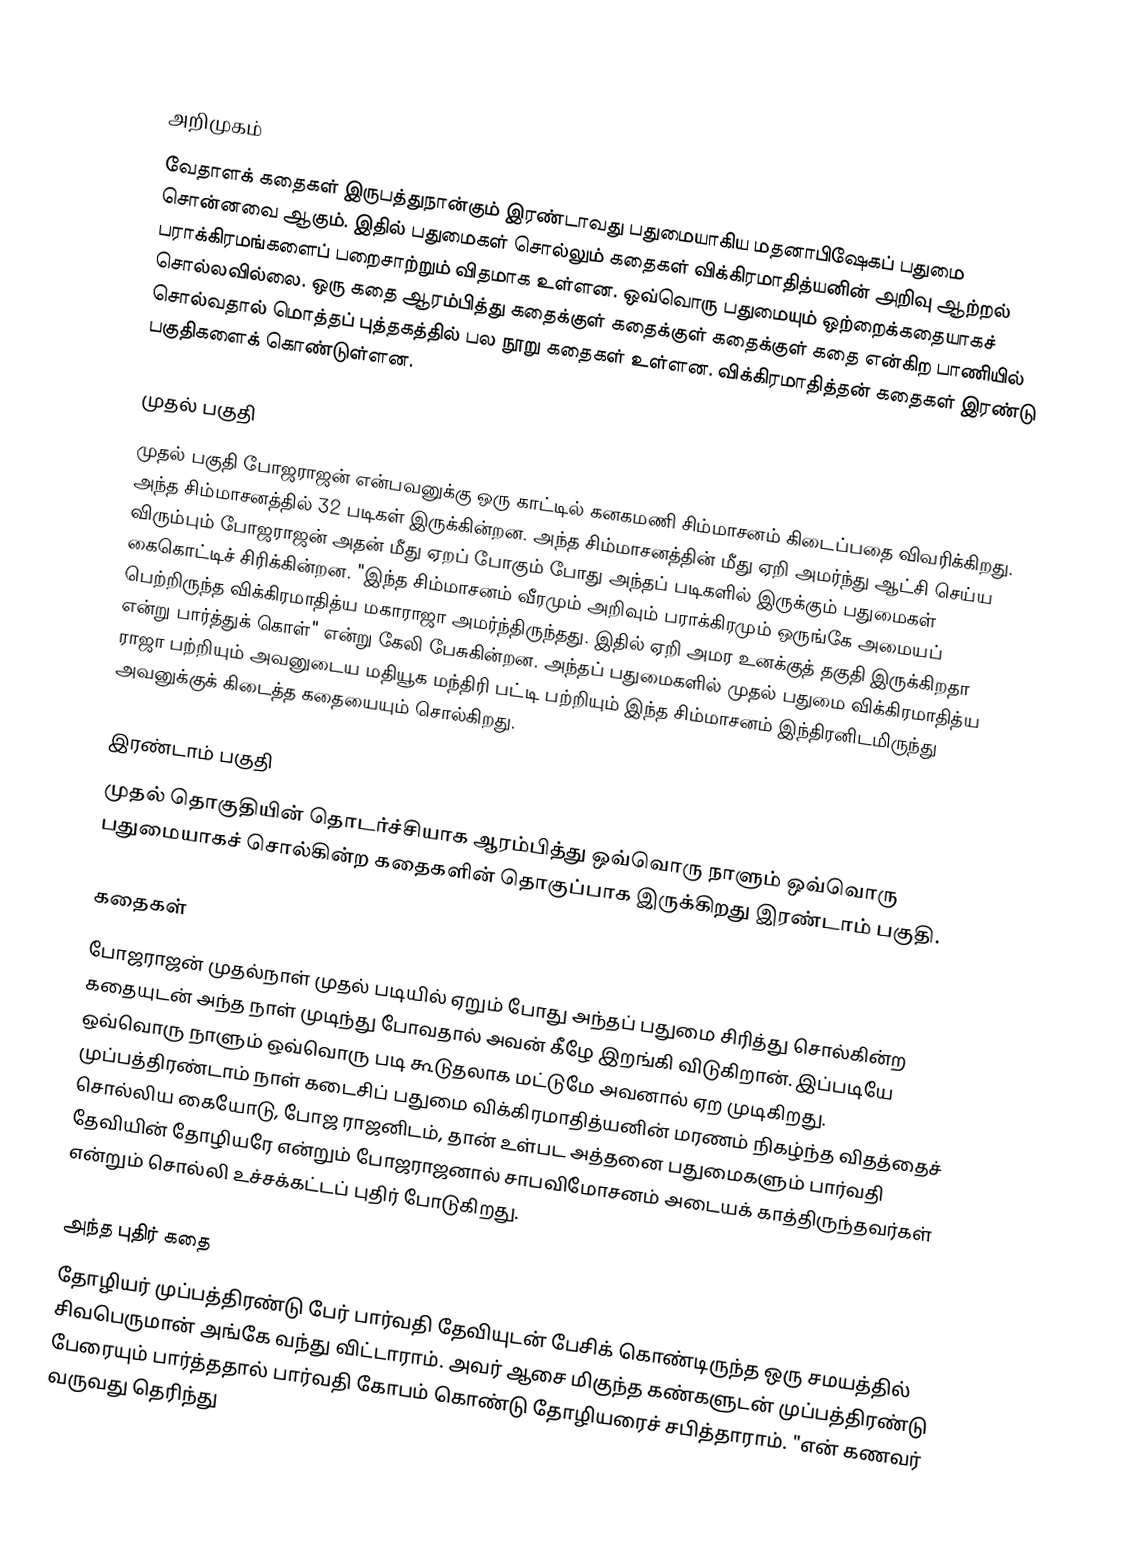

அறிமுகம்
வேதாளக் கதைகள் இருபத்துநான்கும் இரண்டாவது பதுமையாகிய மதனாபிஷேகப் பதுமை சொன்னவை ஆகும். இதில் பதுமைகள் சொல்லும் கதைகள் விக்கிரமாதித்யனின் அறிவு ஆற்றல் பராக்கிரமங்களைப் பறைசாற்றும் விதமாக உள்ளன. ஒவ்வொரு பதுமையும் ஒற்றைக்கதையாகச் சொல்லவில்லை. ஒரு கதை ஆரம்பித்து கதைக்குள் கதைக்குள் கதைக்குள் கதை என்கிற பாணியில் சொல்வதால் மொத்தப் புத்தகத்தில் பல நூறு கதைகள் உள்ளன. விக்கிரமாதித்தன் கதைகள் இரண்டு பகுதிகளைக் கொண்டுள்ளன.

முதல் பகுதி
முதல் பகுதி போஜராஜன் என்பவனுக்கு ஒரு காட்டில் கனகமணி சிம்மாசனம் கிடைப்பதை விவரிக்கிறது. அந்த சிம்மாசனத்தில் 32 படிகள் இருக்கின்றன. அந்த சிம்மாசனத்தின் மீது ஏறி அமர்ந்து ஆட்சி செய்ய விரும்பும் போஜராஜன் அதன் மீது ஏறப் போகும் போது அந்தப் படிகளில் இருக்கும் பதுமைகள் கைகொட்டிச் சிரிக்கின்றன. "இந்த சிம்மாசனம் வீரமும் அறிவும் பராக்கிரமும் ஒருங்கே அமையப் பெற்றிருந்த விக்கிரமாதித்ய மகாராஜா அமர்ந்திருந்தது. இதில் ஏறி அமர உனக்குத் தகுதி இருக்கிறதா என்று பார்த்துக் கொள்" என்று கேலி பேசுகின்றன. அந்தப் பதுமைகளில் முதல் பதுமை விக்கிரமாதித்ய ராஜா பற்றியும் அவனுடைய மதியூக மந்திரி பட்டி பற்றியும் இந்த சிம்மாசனம் இந்திரனிடமிருந்து அவனுக்குக் கிடைத்த கதையையும் சொல்கிறது.

இரண்டாம் பகுதி
முதல் தொகுதியின் தொடர்ச்சியாக ஆரம்பித்து ஒவ்வொரு நாளும் ஒவ்வொரு பதுமையாகச் சொல்கின்ற கதைகளின் தொகுப்பாக இருக்கிறது இரண்டாம் பகுதி.

கதைகள்
போஜராஜன் முதல்நாள் முதல் படியில் ஏறும் போது அந்தப் பதுமை சிரித்து சொல்கின்ற கதையுடன் அந்த நாள் முடிந்து போவதால் அவன் கீழே இறங்கி விடுகிறான். இப்படியே ஒவ்வொரு நாளும் ஒவ்வொரு படி கூடுதலாக மட்டுமே அவனால் ஏற முடிகிறது. முப்பத்திரண்டாம் நாள் கடைசிப் பதுமை விக்கிரமாதித்யனின் மரணம் நிகழ்ந்த விதத்தைச் சொல்லிய கையோடு, போஜ ராஜனிடம், தான் உள்பட அத்தனை பதுமைகளும் பார்வதி தேவியின் தோழியரே என்றும் போஜராஜனால் சாபவிமோசனம் அடையக் காத்திருந்தவர்கள் என்றும் சொல்லி உச்சக்கட்டப் புதிர் போடுகிறது.

அந்த புதிர் கதை
தோழியர் முப்பத்திரண்டு பேர் பார்வதி தேவியுடன் பேசிக் கொண்டிருந்த ஒரு சமயத்தில் சிவபெருமான் அங்கே வந்து விட்டாராம். அவர் ஆசை மிகுந்த கண்களுடன் முப்பத்திரண்டு பேரையும் பார்த்ததால் பார்வதி கோபம் கொண்டு தோழியரைச் சபித்தாராம். "என் கணவர் வருவது தெரிந்து